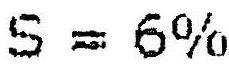
S = 6%